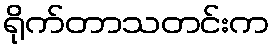
ရိုက်တာသတင်းက